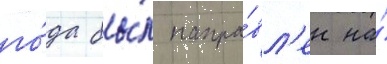
го́да бы́л напра́вл'ен на́